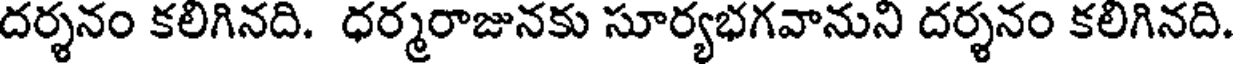
దర్శనం కలిగినది. ధర్మరాజునకు సూర్యభగవానుని దర్శనం కలిగినది.